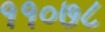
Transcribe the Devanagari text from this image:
११०७८